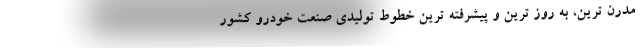
مدرن ترین، به روز ترین و پیشرفته ترین خطوط تولیدی صنعت خودرو کشور